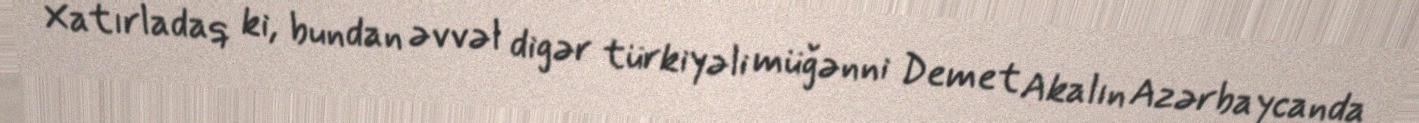
Xatırladaq ki, bundan əvvəl digər türkiyəli müğənni Demet Akalın Azərbaycanda